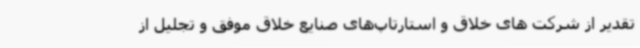
تقدیر از شرکت های خلاق و استارتاپ‌های صنایع خلاق موفق و تجلیل از